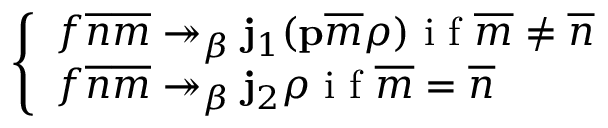
\left\{ \begin{array} { l l } { f \overline { { n } } \overline { { m } } \twoheadrightarrow _ { \beta } \mathbf { j } _ { 1 } ( \mathbf { p } \overline { { m } } \rho ) \textrm { i f } \overline { { m } } \neq \overline { { n } } } \\ { f \overline { { n } } \overline { { m } } \twoheadrightarrow _ { \beta } \mathbf { j } _ { 2 } \rho \textrm { i f } \overline { { m } } = \overline { { n } } } \end{array} \right.